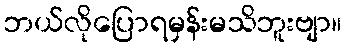
ဘယ်လိုပြောရမှန်းမသိဘူးဗျာ။